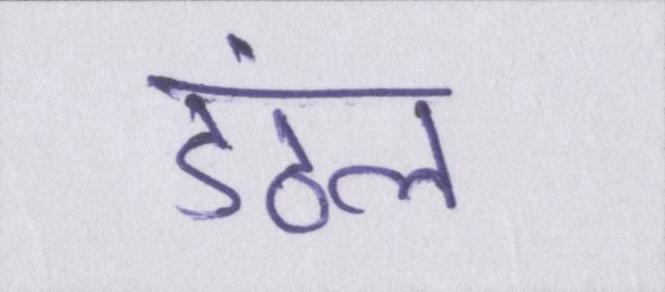
डंठल